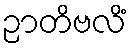
ဉာတိဗလိံ